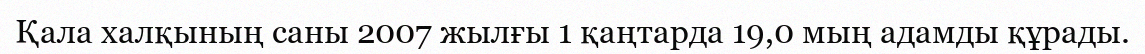
Қала халқының саны 2007 жылғы 1 қаңтарда 19,0 мың адамды құрады.